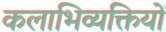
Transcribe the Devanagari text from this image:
कलाभिव्यक्तियों